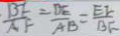
\frac { B F } { A F } = \frac { D E } { A B } = \frac { E F } { B F }